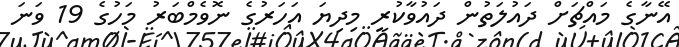
އޭނާގެ މައްޗަށް ދައުލަތުން ދައުވާކުރީ މިދިޔަ އަހަރުގެ ނޮވެމްބަރު މަހުގެ 19 ވަނަ